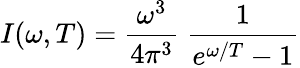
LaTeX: I(\omega,T)={\frac{\omega^{3}}{4\pi^{3}}}~{\frac{1}{e^{\omega/T}-1}}